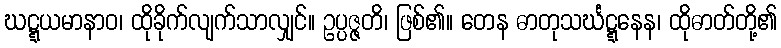
ဃဋ္ဋယမာနာဝ၊ ထိုခိုက်လျက်သာလျှင်။ ဥပ္ပဇ္ဇတိ၊ ဖြစ်၏။ တေန ဓာတုသင်္ဃဋ္ဋနေန၊ ထိုဓာတ်တို့၏